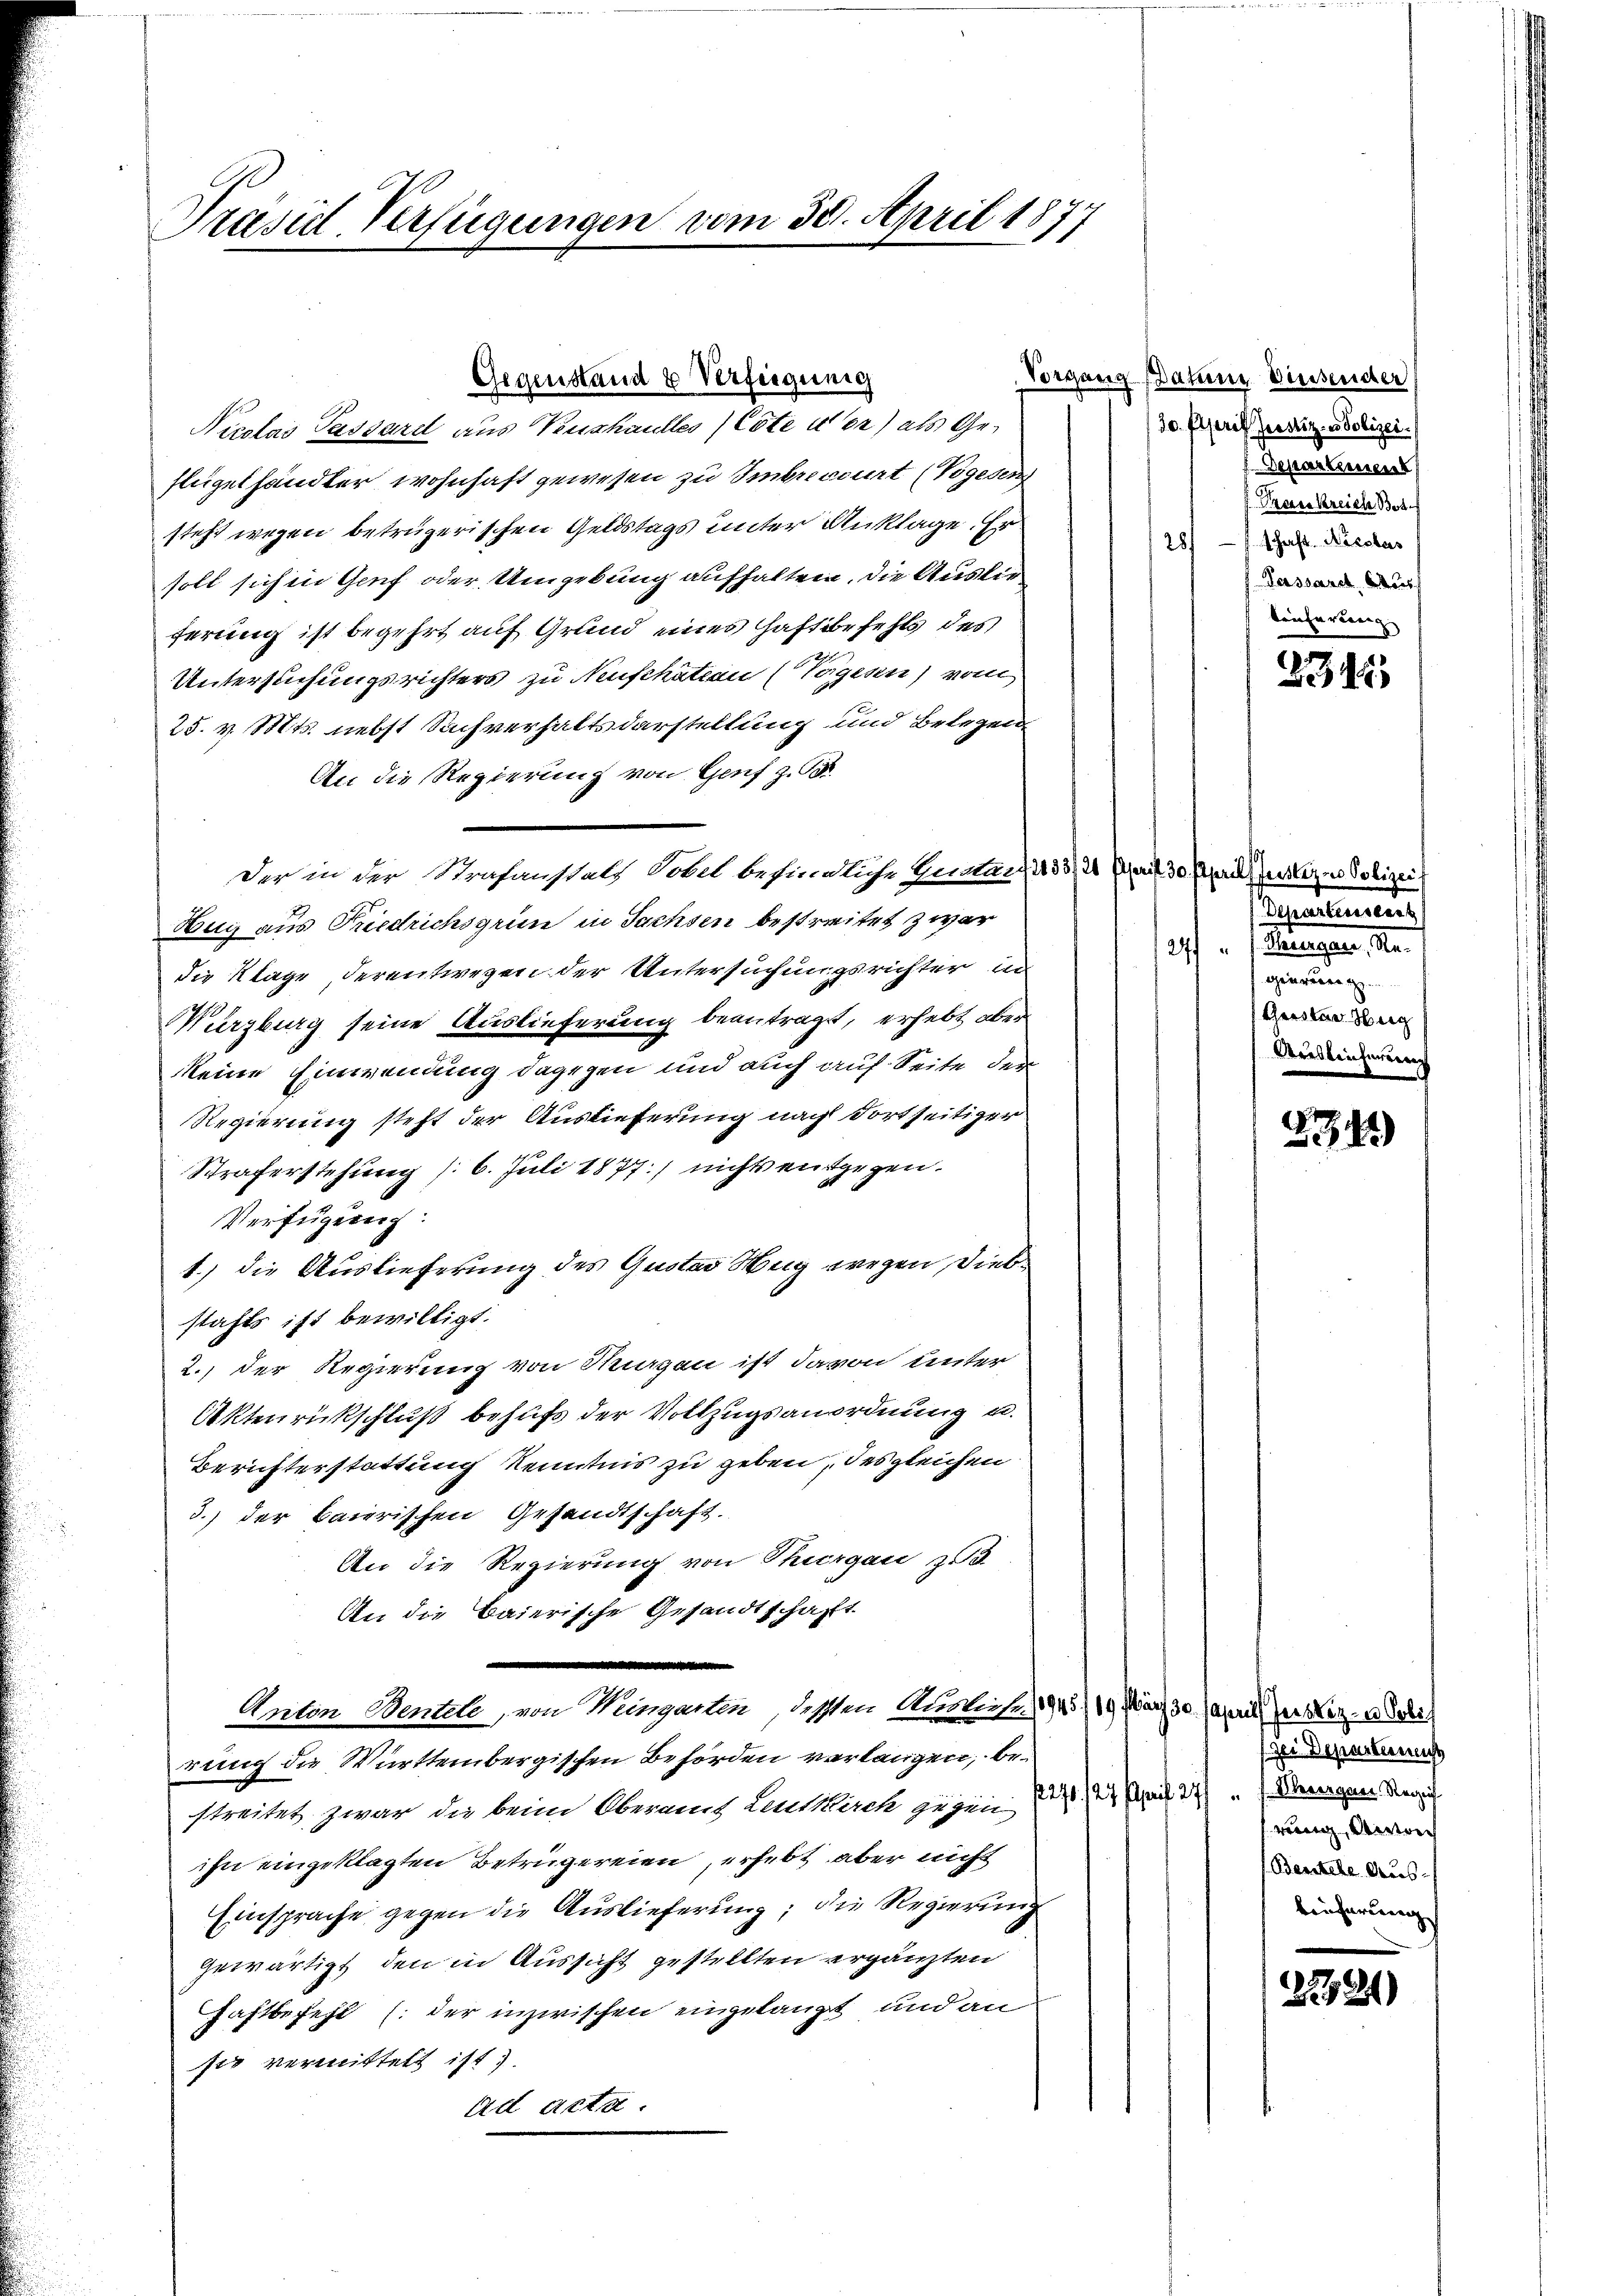
Präsid-Verfügungen vom 30. April 1877

flügelhändler wohnhaft gewesen zu Embrecourt (Vogesen
steht wegen betrügerischen Geldstags unter Anklage. Er
soll sich in Genf oder Umgebung aufhalten, die Auslieferung ist begehrt auf Grund eines Haftbefehls des
Untersuchungsrichters zu Neuschatten (Togesen) vom
25. v. Mts. nebst Sachverhaltsdarstellung und Belegen
An die Regierung von Genf z. B.
Der in der Strafanstals Tobel befindliche Guntars 433) 20 Kauf 30 April ersten Polizei
Hug aus Priedrichsgrün in Sachsen bestreitet zwar
die Klage, derentwegen der Untersuchungsrichter in
Würzburg seine Auslieferung beantragt, erhebt aber
keine Einwendung dagegen und auch auf Seite der
Regierung steht der Auslieferung nach Fortseitiger
Straferstehung /: 6. Juli 1877.) nichts entgegen.
Verfügung:
1.) die Auslieferung des Quotes Weig wegen Diebstahls ist bewilligt.
2.) Der Regierung von Hagen ist davon unter
Aktenrückschluß behufs der Vollzugsanordnung u.
Berichterstattung Kenntnis zu geben, des gleichen
3.) der baierischen Gesandtschaft.
An die Regierung von Thurgau zu
An die Baierische Gesandtschafft
.
Anton Wentele, von Hungarten, dessen Ausliefe (1943/19. März 30. April der Her- u Sei
rung die Württembergischen Behörden verlangen, be¬
 270. /27 April 27) „1. Uebergan Regis
streitet zwar die beim Oberamt Leutkirch gegen
ihn eingeklagten Betrügereien, erhebt aber nicht
Einsprache gegen die Auslieferung; die Regierung
gewärtigt, den in Aussicht gestellten ergänzten
Haftbefehl (der inzwischen eingelangt und an
sie vermittelt ist)
ad acta.

Gegenstand & Verfügung
Nicolas Passard aus Verschaulles) Cote uer) als Ge¬

Vorgang Datum diesender
30. April Jostiz- u Polizei.
Departement
Preise Kreich Bot
28) schaft. Kresbes
Terssarch ders
teicherteng

2345

Departensseart
27 " Bauungen, Se.
gierung.
Geister Weig
Arisleicherung

54)

zer Departen
weren Ansich
Bentele Aus-
einferung

791)